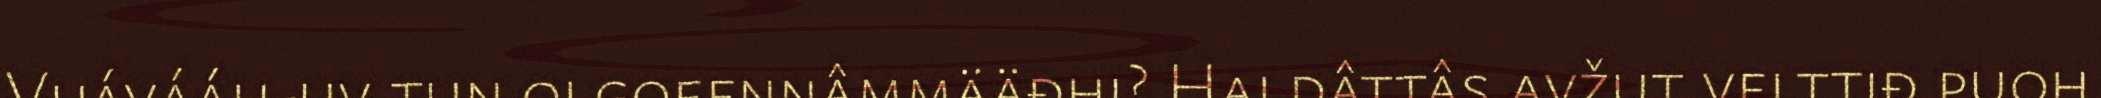
Vuávááh-uv tun olgoeennâmmääđhi? Haldâttâs avžut velttiđ puoh